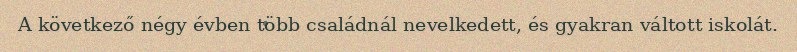
A következő négy évben több családnál nevelkedett, és gyakran váltott iskolát.